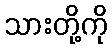
သားတို့ကို